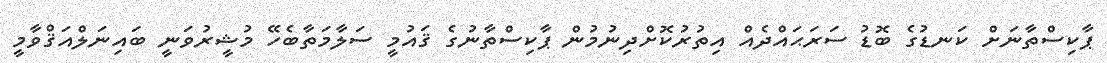
ޕާކިސްތާނަށް ކަނޑުގެ ބޮޑު ސަރަޙައްދެއް އިތުރުކޮށްދިނުމުން ޕާކިސްތާނުގެ ޤައުމީ ސަލާމަތާބެހޭ މުޝީރުވަނީ ބައިނަލްއަޤްވާމީ